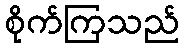
စိုက်ကြသည်